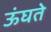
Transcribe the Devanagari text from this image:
ऊंघते